Civil Veterinary Dept. North-West Frontier Province 1933-46 - 1933-1946
Year: 1933
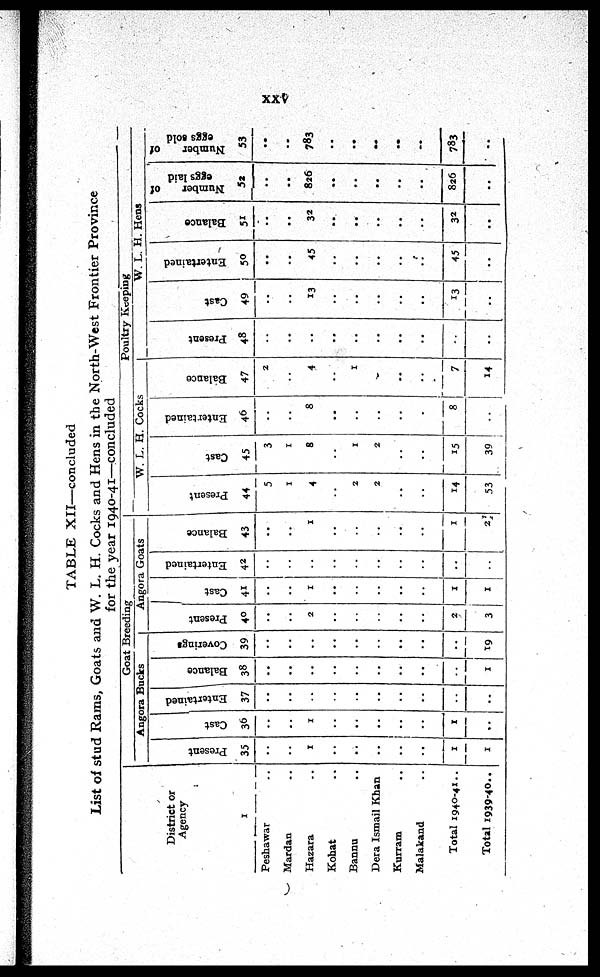
xxv
TABLE XII—concluded
List of stud Rams, Goats and W. L. H. Cocks and Hens in the North-West Frontier Province
for the year 1940-41—concluded
District or
Agency
1
Peshawar ..
Mardan ..
Hazara ..
Kohat ..
Bannu ..
Dera Ismail Khan ..
Kurram ..
Malakand ..
Total 1940-41 ..
Total 1939-40 ..
Goat Breeding
Angora Bucks
Present
35
..
..
1
..
..
..
..
..
1
1
Cast
36
..
..
1
..
..
..
..
..
1
..
Entertained
37
..
..
..
..
..
..
..
..
..
..
Balance
38
..
..
..
..
..
..
..
..
..
1
Coverings
39
..
..
..
..
..
..
..
..
..
19
Angora Goats
Present
40
..
..
2
..
..
..
..
..
2
3
Cast
41
..
..
1
..
..
..
..
..
1
1
Entertained
42
..
..
..
..
..
..
..
..
..
..
Balance
43
..
..
1
..
..
..
..
..
1
2
Poultry Keeping
W. L. H. Cocks
Present
44
5
1
4
..
2
2
..
..
14
53
Cast
45
3
1
8
..
1
2
..
..
15
39
Entertained
46
..
..
8
..
..
..
..
...
8
..
Balance
47
2
..
4
..
1
..
..
..
7
14
W. L. H. Hens
Present
48
..
..
..
..
..
..
..
..
..
..
Cast
49
..
..
13
..
..
..
..
..
13
..
Entertained
50
..
..
45
..
..
..
..
..
45
..
Balance
51
..
..
32
..
..
..
..
32
..
Number
of
eggs laid
52
..
..
826
..
..
..
..
..
826
..
Number
of
eggs sold
53
..
..
783
..
..
..
..
..
783
..